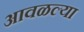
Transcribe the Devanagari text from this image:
आवळल्या